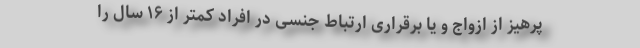
پرهیز از ازواج و یا برقراری ارتباط جنسی در افراد کمتر از ۱۶ سال را